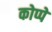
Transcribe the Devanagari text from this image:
कोप्पे